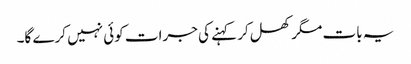
یہ بات مگر کھل کر کہنے کی جرات کوئی نہیں کرے گا۔